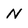
Character: N